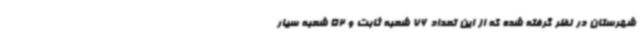
شهرستان در نظر گرفته شده که از این تعداد 76 شعبه ثابت و 52 شعبه سیار